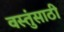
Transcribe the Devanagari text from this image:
वस्तुंसाठी